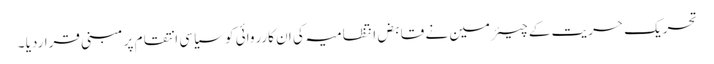
تحریک حریت کے چیئرمین نے قابض انتظامیہ کی ان کارروائی کو سیاسی انتقام پر مبنی قراردیا ۔